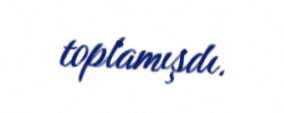
toplamışdı.